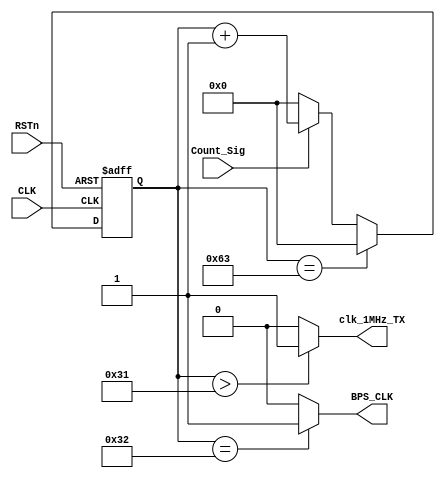
module tx_bps_module
(
    CLK, RSTn,
	 Count_Sig, 
	 BPS_CLK,clk_1MHz_TX
);
    input CLK;
	 input RSTn;
	 input Count_Sig;
	 output BPS_CLK; 
	 output clk_1MHz_TX;
	 /***************************/
	 reg [11:0]Count_BPS;
	 always @ ( posedge CLK or negedge RSTn )
	    if( !RSTn )
		     Count_BPS <= 12'd0;
		     //115200bps = 867
		     //1Mbps = 99
             //2Mbps = 49
		 else if( Count_BPS == 12'd99 )
		     Count_BPS <= 12'd0;
		 else if( Count_Sig )
		     Count_BPS <= Count_BPS + 1'b1;
		 else
		     Count_BPS <= 12'd0;
	 /********************************/
	 //115200bps = 434
	 //1Mbps = 50
	 //2Mbps = 25
    assign BPS_CLK = ( Count_BPS == 12'd50 ) ? 1'b1 : 1'b0;
    assign clk_1MHz_TX = ( Count_BPS > 12'd49 ) ? 1'b1 : 1'b0;
    /*********************************/
endmodule